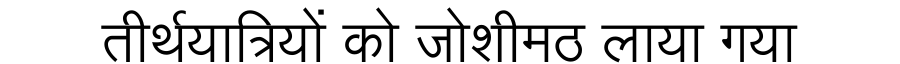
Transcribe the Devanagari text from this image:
तीर्थयात्रियों को जोशीमठ लाया गया